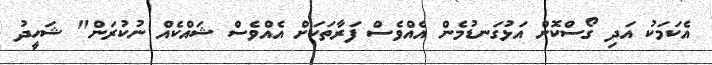
އެކަމަކު އަދި ގޯސްކޮށް އަޅުގަނޑުމެން އެއްވެސް ފަރާތަކަށް އެއްވެސް ޝައްކެއް ނުކުރަން" ޝަހީދު